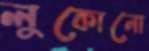
লুকোনো